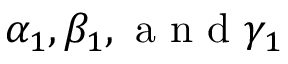
\alpha _ { 1 } , \beta _ { 1 } , \mathrm { ~ a ~ n ~ d ~ } \gamma _ { 1 }